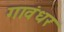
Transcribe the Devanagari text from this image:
गावंधर